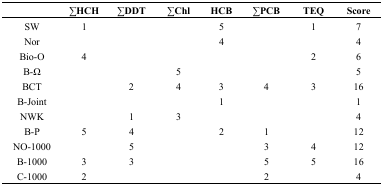
<table><thead><tr><td></td><td><b>∑HCH</b></td><td><b>∑DDT</b></td><td><b>∑Chl</b></td><td><b>HCB</b></td><td><b>∑PCB</b></td><td><b>TEQ</b></td><td><b>Score</b></td></tr></thead><tbody><tr><td>SW</td><td>1</td><td></td><td></td><td>5</td><td></td><td>1</td><td>7</td></tr><tr><td>Nor</td><td></td><td></td><td></td><td>4</td><td></td><td></td><td>4</td></tr><tr><td>Bio-O</td><td>4</td><td></td><td></td><td></td><td></td><td>2</td><td>6</td></tr><tr><td>B-Ω</td><td></td><td></td><td>5</td><td></td><td></td><td></td><td>5</td></tr><tr><td>BCT</td><td></td><td>2</td><td>4</td><td>3</td><td>4</td><td>3</td><td>16</td></tr><tr><td>B-Joint</td><td></td><td></td><td></td><td>1</td><td></td><td></td><td>1</td></tr><tr><td>NWK</td><td></td><td>1</td><td>3</td><td></td><td></td><td></td><td>4</td></tr><tr><td>B-P</td><td>5</td><td>4</td><td></td><td>2</td><td>1</td><td></td><td>12</td></tr><tr><td>NO-1000</td><td></td><td>5</td><td></td><td></td><td>3</td><td>4</td><td>12</td></tr><tr><td>B-1000</td><td>3</td><td>3</td><td></td><td></td><td>5</td><td>5</td><td>16</td></tr><tr><td>C-1000</td><td>2</td><td></td><td></td><td></td><td>2</td><td></td><td>4</td></tr></tbody></table>